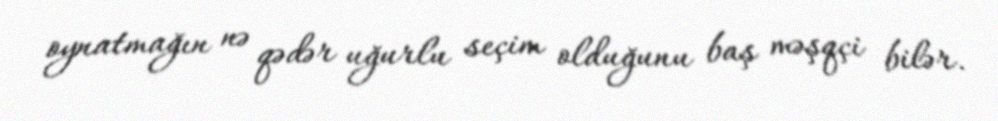
oynatmağın nə qədər uğurlu seçim olduğunu baş məşqçi bilər.